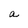
Character: a